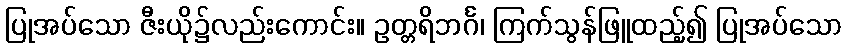
ပြုအပ်သော ဇီးယို၌လည်းကောင်း။ ဥတ္တရိဘင်္ဂ၊ ကြက်သွန်ဖြူထည့်၍ ပြုအပ်သော